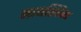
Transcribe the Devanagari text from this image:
मायश्किन